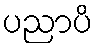
ပညာပိ